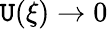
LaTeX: \mathtt{U}(\xi)\to0